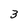
Character: 3